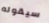
سيقوله